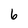
Character: 6